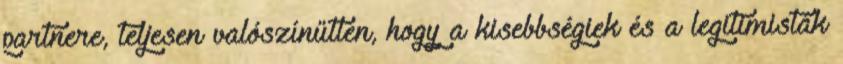
partnere, teljesen valószí­nűt­len, hogy a kisebbségiek és a legitimisták